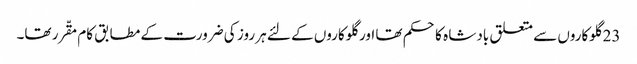
23 گلوکاروں سے متعلق بادشا ہ کا حکم تھا اور گلوکاروں کے لئے ہر روز کی ضرورت کے مطابق کام مقّرر تھا۔